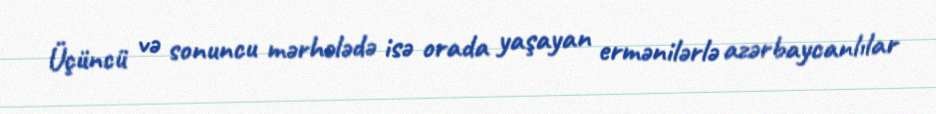
Üçüncü və sonuncu mərhələdə isə orada yaşayan ermənilərlə azərbaycanlılar